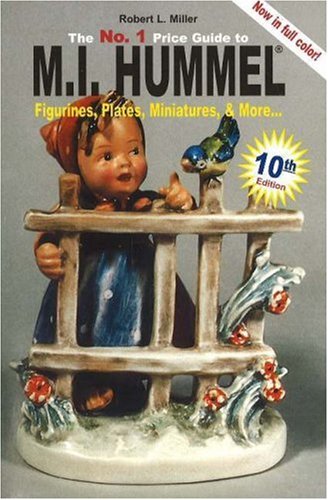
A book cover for No. 1 Price Guide to M.I.Hummel Figurines, Plates, Miniatures, & More (Mi Hummel Figurines, Plates, Miniatures & More 10th Ed. (Mi Hummel Figurines, ... to M. I. Hummel Figurines, Plates, More...); Robert L. Miller; Crafts, Hobbies & Home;